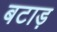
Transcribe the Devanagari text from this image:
बटाड़